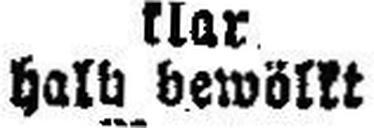
halb bewöllt